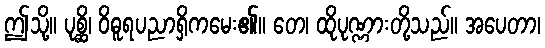
ဤသို့။ ပုစ္ဆိ၊ ဝိဓူရပညာရှိကမေး၏။ တေ၊ ထိုပုဏ္ဏားတို့သည်။ အပေတာ၊